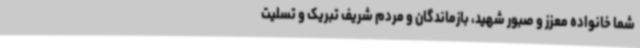
شما خانواده معزز و صبور شهید، بازماندگان و مردم شریف تبریک و تسلیت